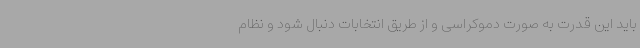
باید این قدرت به صورت دموکراسی و از طریق انتخابات دنبال شود و نظام